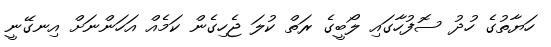
ހަޔާތުގެ ހުދު ސޮފުހާގައި ލޯބީގެ ރަތް ކުލަ ޖެހިގެން ކަމެއް އަހަންނަށް އިނގޭނީ